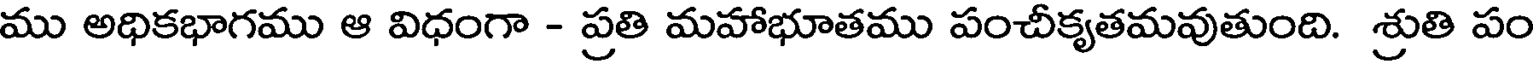
ము అధికభాగము ఆ విధంగా - ప్రతి మహాభూతము పంచీకృతమవుతుంది. శ్రుతి పం